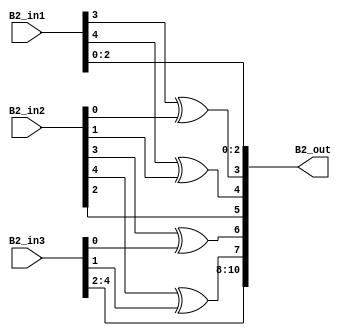
`timescale 1ns / 1ps 
//////////////////////////////////////////////////////////////////////////////////  
// Company:    
 // Engineer:   
 //  // Create Date: 25.01.2022 23:34:48 
// Design Name:     
// Module Name: overlap_module 
 // Project Name:    
// Target Devices:  
// Tool Versions:   
// Description: 
//              
// Dependencies:   
 //  
// Revision:       
 // Revision 0.01 - File Created 
// Additional Comments: 
//  
//////////////////////////////////////////////////////////////////////////////////  
    
    
module overlap_module_5bit(     
    B2_in1,                
    B2_in2,             
    B2_in3,   
    B2_out 
    );     


parameter n = 6;
    
input [n-2:0] B2_in1;   
input [n-2:0] B2_in2;    
input [n-2:0] B2_in3;    

output [2*n-2:0] B2_out;  
    


assign B2_out[0] = B2_in1[0];

assign B2_out[1] = B2_in1[1];

assign B2_out[2] = B2_in1[2];

assign B2_out[3] = B2_in1[3]^ B2_in2[0];

assign B2_out[4] = B2_in1[4]^ B2_in2[1];

assign B2_out[5] = B2_in2[2];

assign B2_out[6] = B2_in2[3]^B2_in3[0];

assign B2_out[7] = B2_in2[4]^B2_in3[1];

assign B2_out[8] = B2_in3[2];

assign B2_out[9] = B2_in3[3];

assign B2_out[10] = B2_in3[4];

endmodule